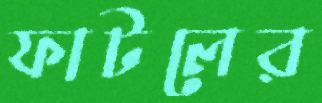
ফাটলের